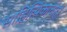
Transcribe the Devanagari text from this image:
साहित्यिकाचाही